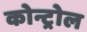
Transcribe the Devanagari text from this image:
कोन्ट्रोल